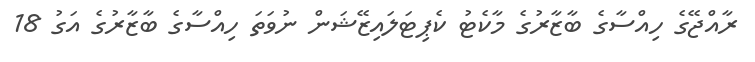
ރާއްޖޭގެ ހިއްސާގެ ބާޒާރުގެ މާކެޓު ކެޕިޓަލައިޒޭޝަން ނުވަތަ ހިއްސާގެ ބާޒާރުގެ އަގު 18